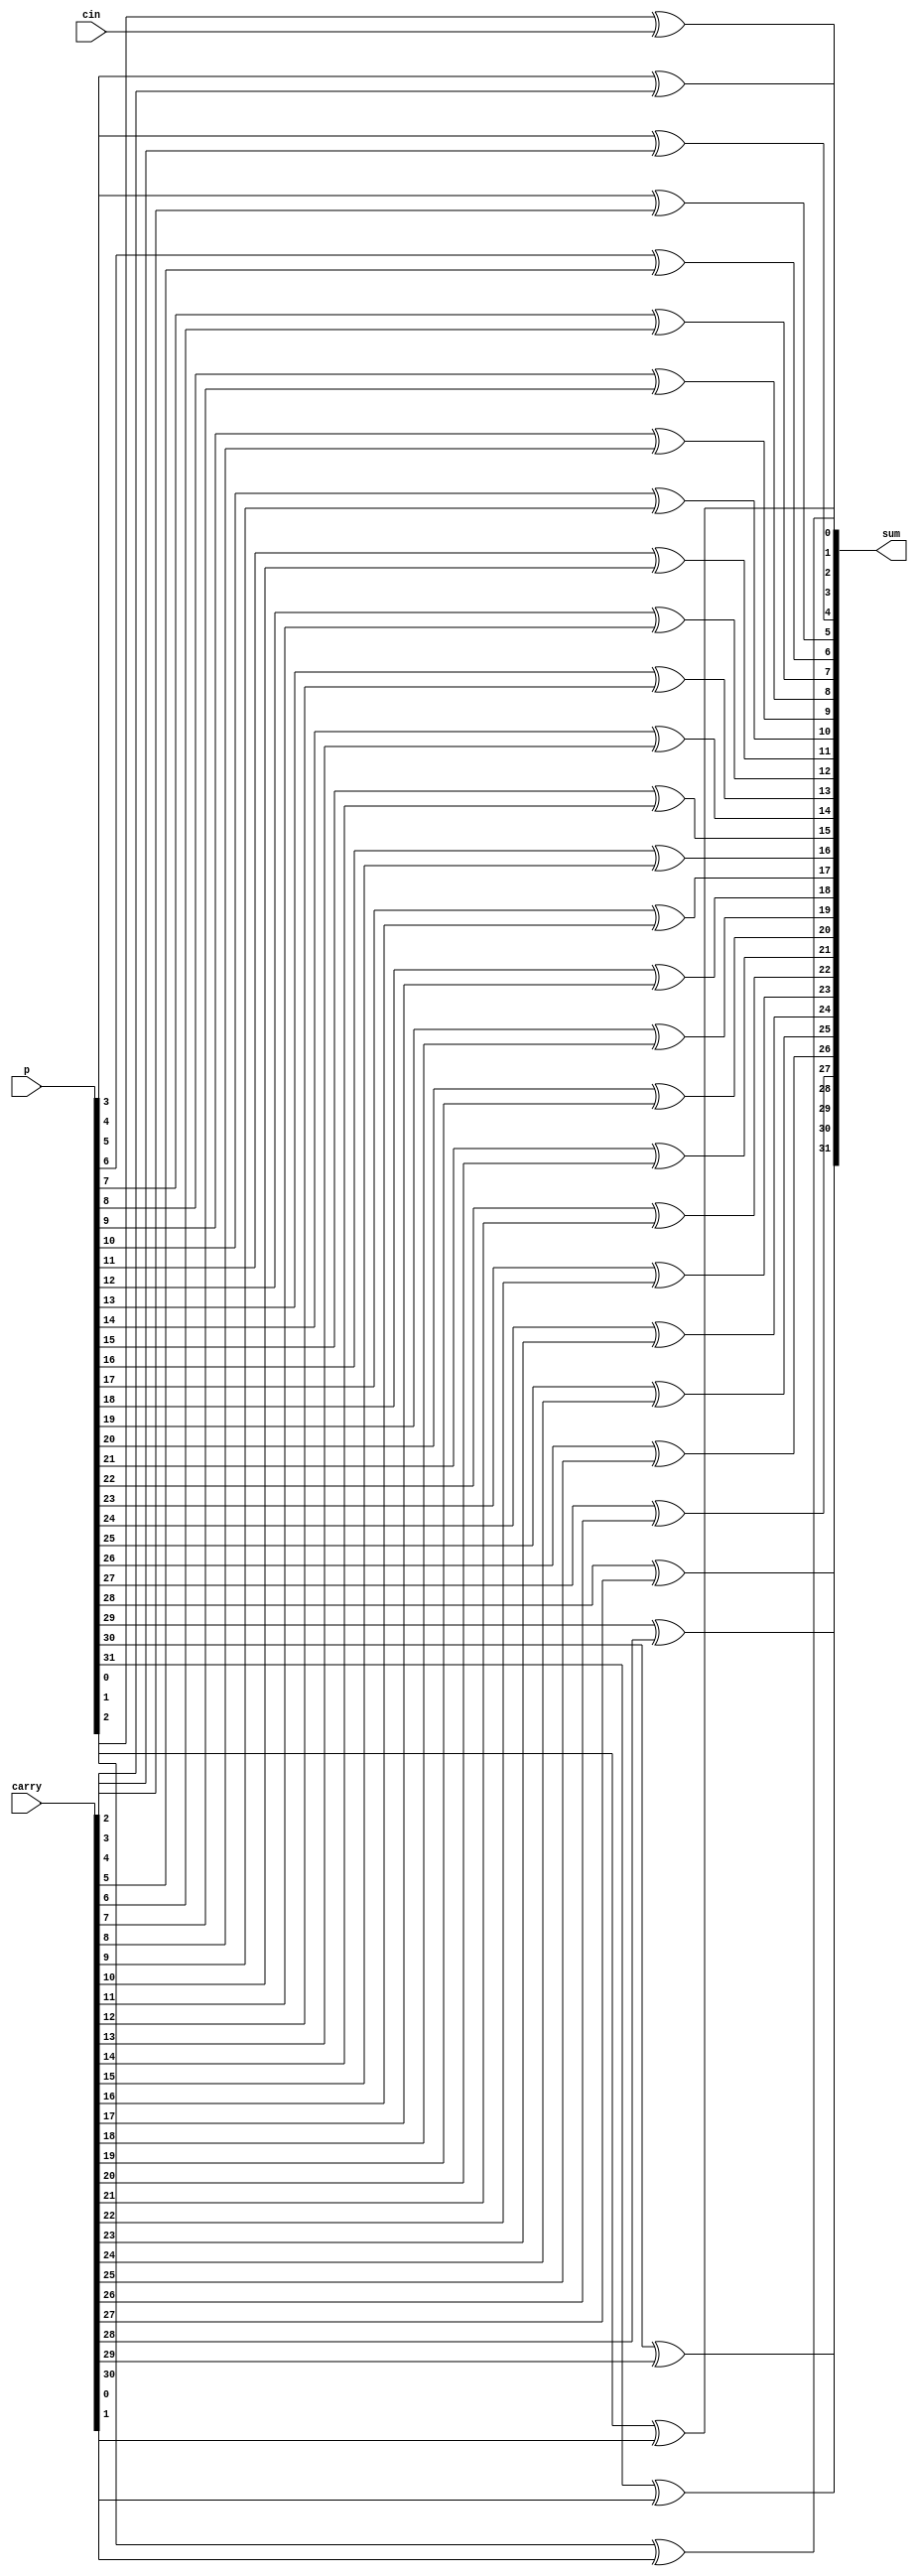
module sum_unit(sum, p, carry, cin);
    input cin;
    input [30:0] carry;
    input [31:0] p;
    output [31:0] sum;

    xor SUM0(sum[0], p[0], cin);
    xor SUM1(sum[1], p[1], carry[0]);
    xor SUM2(sum[2], p[2], carry[1]);
    xor SUM3(sum[3], p[3], carry[2]);
    xor SUM4(sum[4], p[4], carry[3]);
    xor SUM5(sum[5], p[5], carry[4]);
    xor SUM6(sum[6], p[6], carry[5]);
    xor SUM7(sum[7], p[7], carry[6]);
    xor SUM8(sum[8], p[8], carry[7]);
    xor SUM9(sum[9], p[9], carry[8]);
    xor SUM10(sum[10], p[10], carry[9]);
    xor SUM11(sum[11], p[11], carry[10]);
    xor SUM12(sum[12], p[12], carry[11]);
    xor SUM13(sum[13], p[13], carry[12]);
    xor SUM14(sum[14], p[14], carry[13]);
    xor SUM15(sum[15], p[15], carry[14]);
    xor SUM16(sum[16], p[16], carry[15]);
    xor SUM17(sum[17], p[17], carry[16]);
    xor SUM18(sum[18], p[18], carry[17]);
    xor SUM19(sum[19], p[19], carry[18]);
    xor SUM20(sum[20], p[20], carry[19]);
    xor SUM21(sum[21], p[21], carry[20]);
    xor SUM22(sum[22], p[22], carry[21]);
    xor SUM23(sum[23], p[23], carry[22]);
    xor SUM24(sum[24], p[24], carry[23]);
    xor SUM25(sum[25], p[25], carry[24]);
    xor SUM26(sum[26], p[26], carry[25]);
    xor SUM27(sum[27], p[27], carry[26]);
    xor SUM28(sum[28], p[28], carry[27]);
    xor SUM29(sum[29], p[29], carry[28]);
    xor SUM30(sum[30], p[30], carry[29]);
    xor SUM31(sum[31], p[31], carry[30]);

endmodule